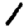
Digit: 1